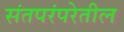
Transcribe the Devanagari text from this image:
संतपरंपरेतील